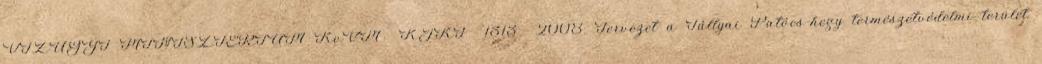
VÍZÜGYI MINISZTÉRIUM KvVM KJKF 1313 2008. Tervezet a Tállyai Patócs-hegy természetvédelmi terület